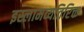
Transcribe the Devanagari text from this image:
इस्लामव्यतिरिक्त